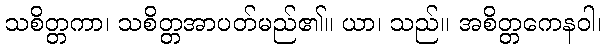
သစိတ္တကာ၊ သစိတ္တအာပတ်မည်၏။ ယာ၊ သည်။ အစိတ္တကေနဝါ၊